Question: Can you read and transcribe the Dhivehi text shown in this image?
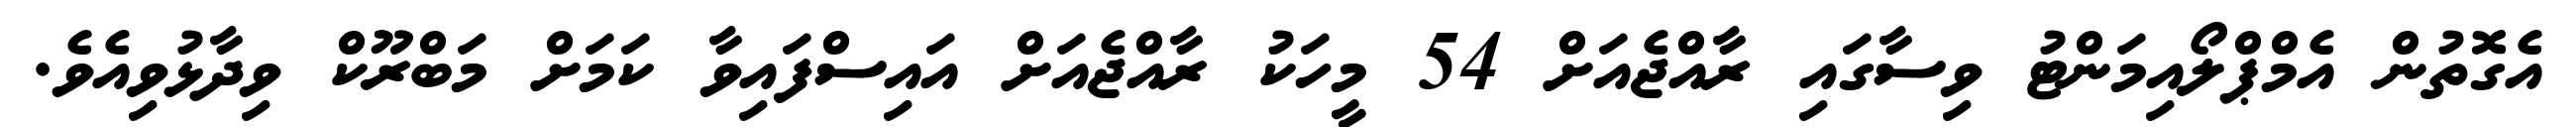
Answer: އެގޮތުން އެމްޕްލޯއިމަންޓު ވިސާގައި ރާއްޖެއަށް 54 މީހަކު ރާއްޖެއަށް އައިސްފައިވާ ކަމަށް މަބްރޫކް ވިދާޅުވިއެވެ.